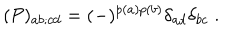
LaTeX: ( { \cal P } ) _ { a b ; c d } = ( - ) ^ { p ( a ) p ( b ) } \delta _ { a d } \delta _ { b c } \; .